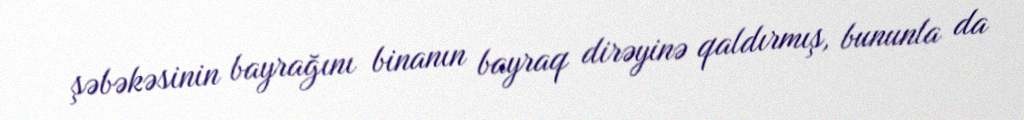
şəbəkəsinin bayrağını binanın bayraq dirəyinə qaldırmış, bununla da